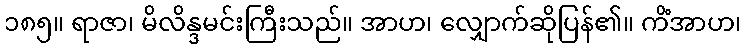
၁၈၅။ ရာဇာ၊ မိလိန္ဒမင်းကြီးသည်။ အာဟ၊ လျှောက်ဆိုပြန်၏။ ကိံအာဟ၊